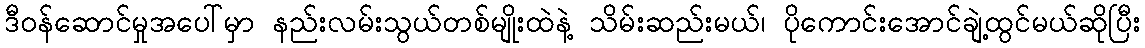
ဒီဝန်ဆောင်မှုအပေါ်မှာ နည်းလမ်းသွယ်တစ်မျိုးထဲနဲ့ သိမ်းဆည်းမယ်၊ ပိုကောင်းအောင်ချဲ့ထွင်မယ်ဆိုပြီး